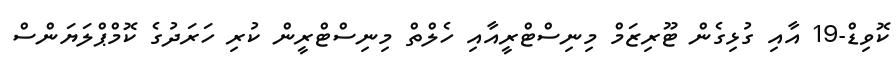
ކޮވިޑް-19 އާއި ގުޅިގެން ޓޫރިޒަމް މިނިސްޓްރީއާއި ހެލްތް މިނިސްޓްރީން ކުރި ހަރަދުގެ ކޮމްޕްލަޔަންސް